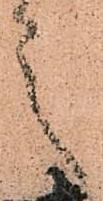
之